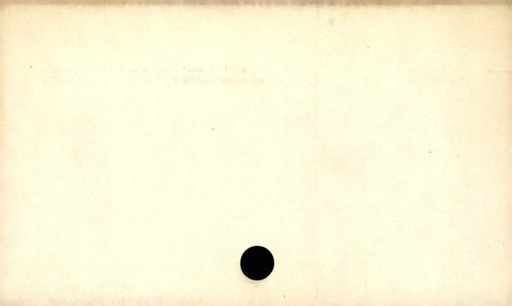
Label: blank